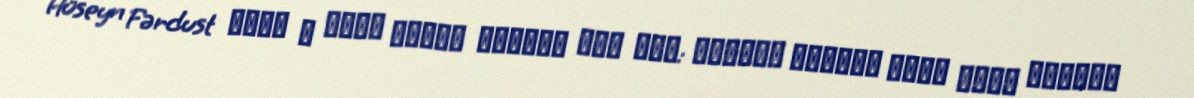
Hüseyn Fərdust ظهور و سقوط سلطنت پهلوی، جلد اول: خاطرات ارتشبد سابق حسین فردوست